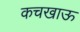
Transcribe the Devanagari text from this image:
कचखाऊ